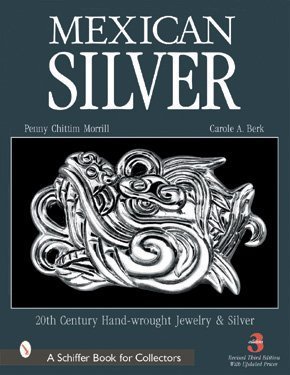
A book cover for Mexican Silver: 20th Century Handwrought Jewelry and Metalwork; Penny C. Morrill; Crafts, Hobbies & Home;